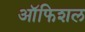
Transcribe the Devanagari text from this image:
ऑफिशल